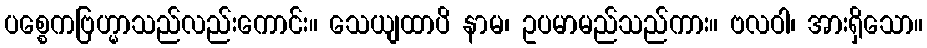
ပစ္စေကဗြဟ္မာသည်လည်းကောင်း။ သေယျထာပိ နာမ၊ ဥပမာမည်သည်ကား။ ဗလဝါ၊ အားရှိသော။